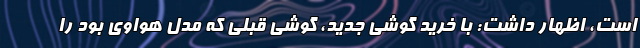
است، اظهار داشت: با خرید گوشی جدید، گوشی قبلی که مدل هواوی بود را